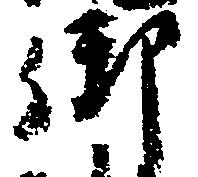
御